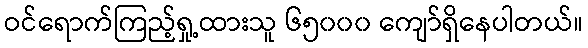
ဝင်ရောက်ကြည့်ရှု့ထားသူ ၆၅၀၀၀ ကျော်ရှိနေပါတယ်။